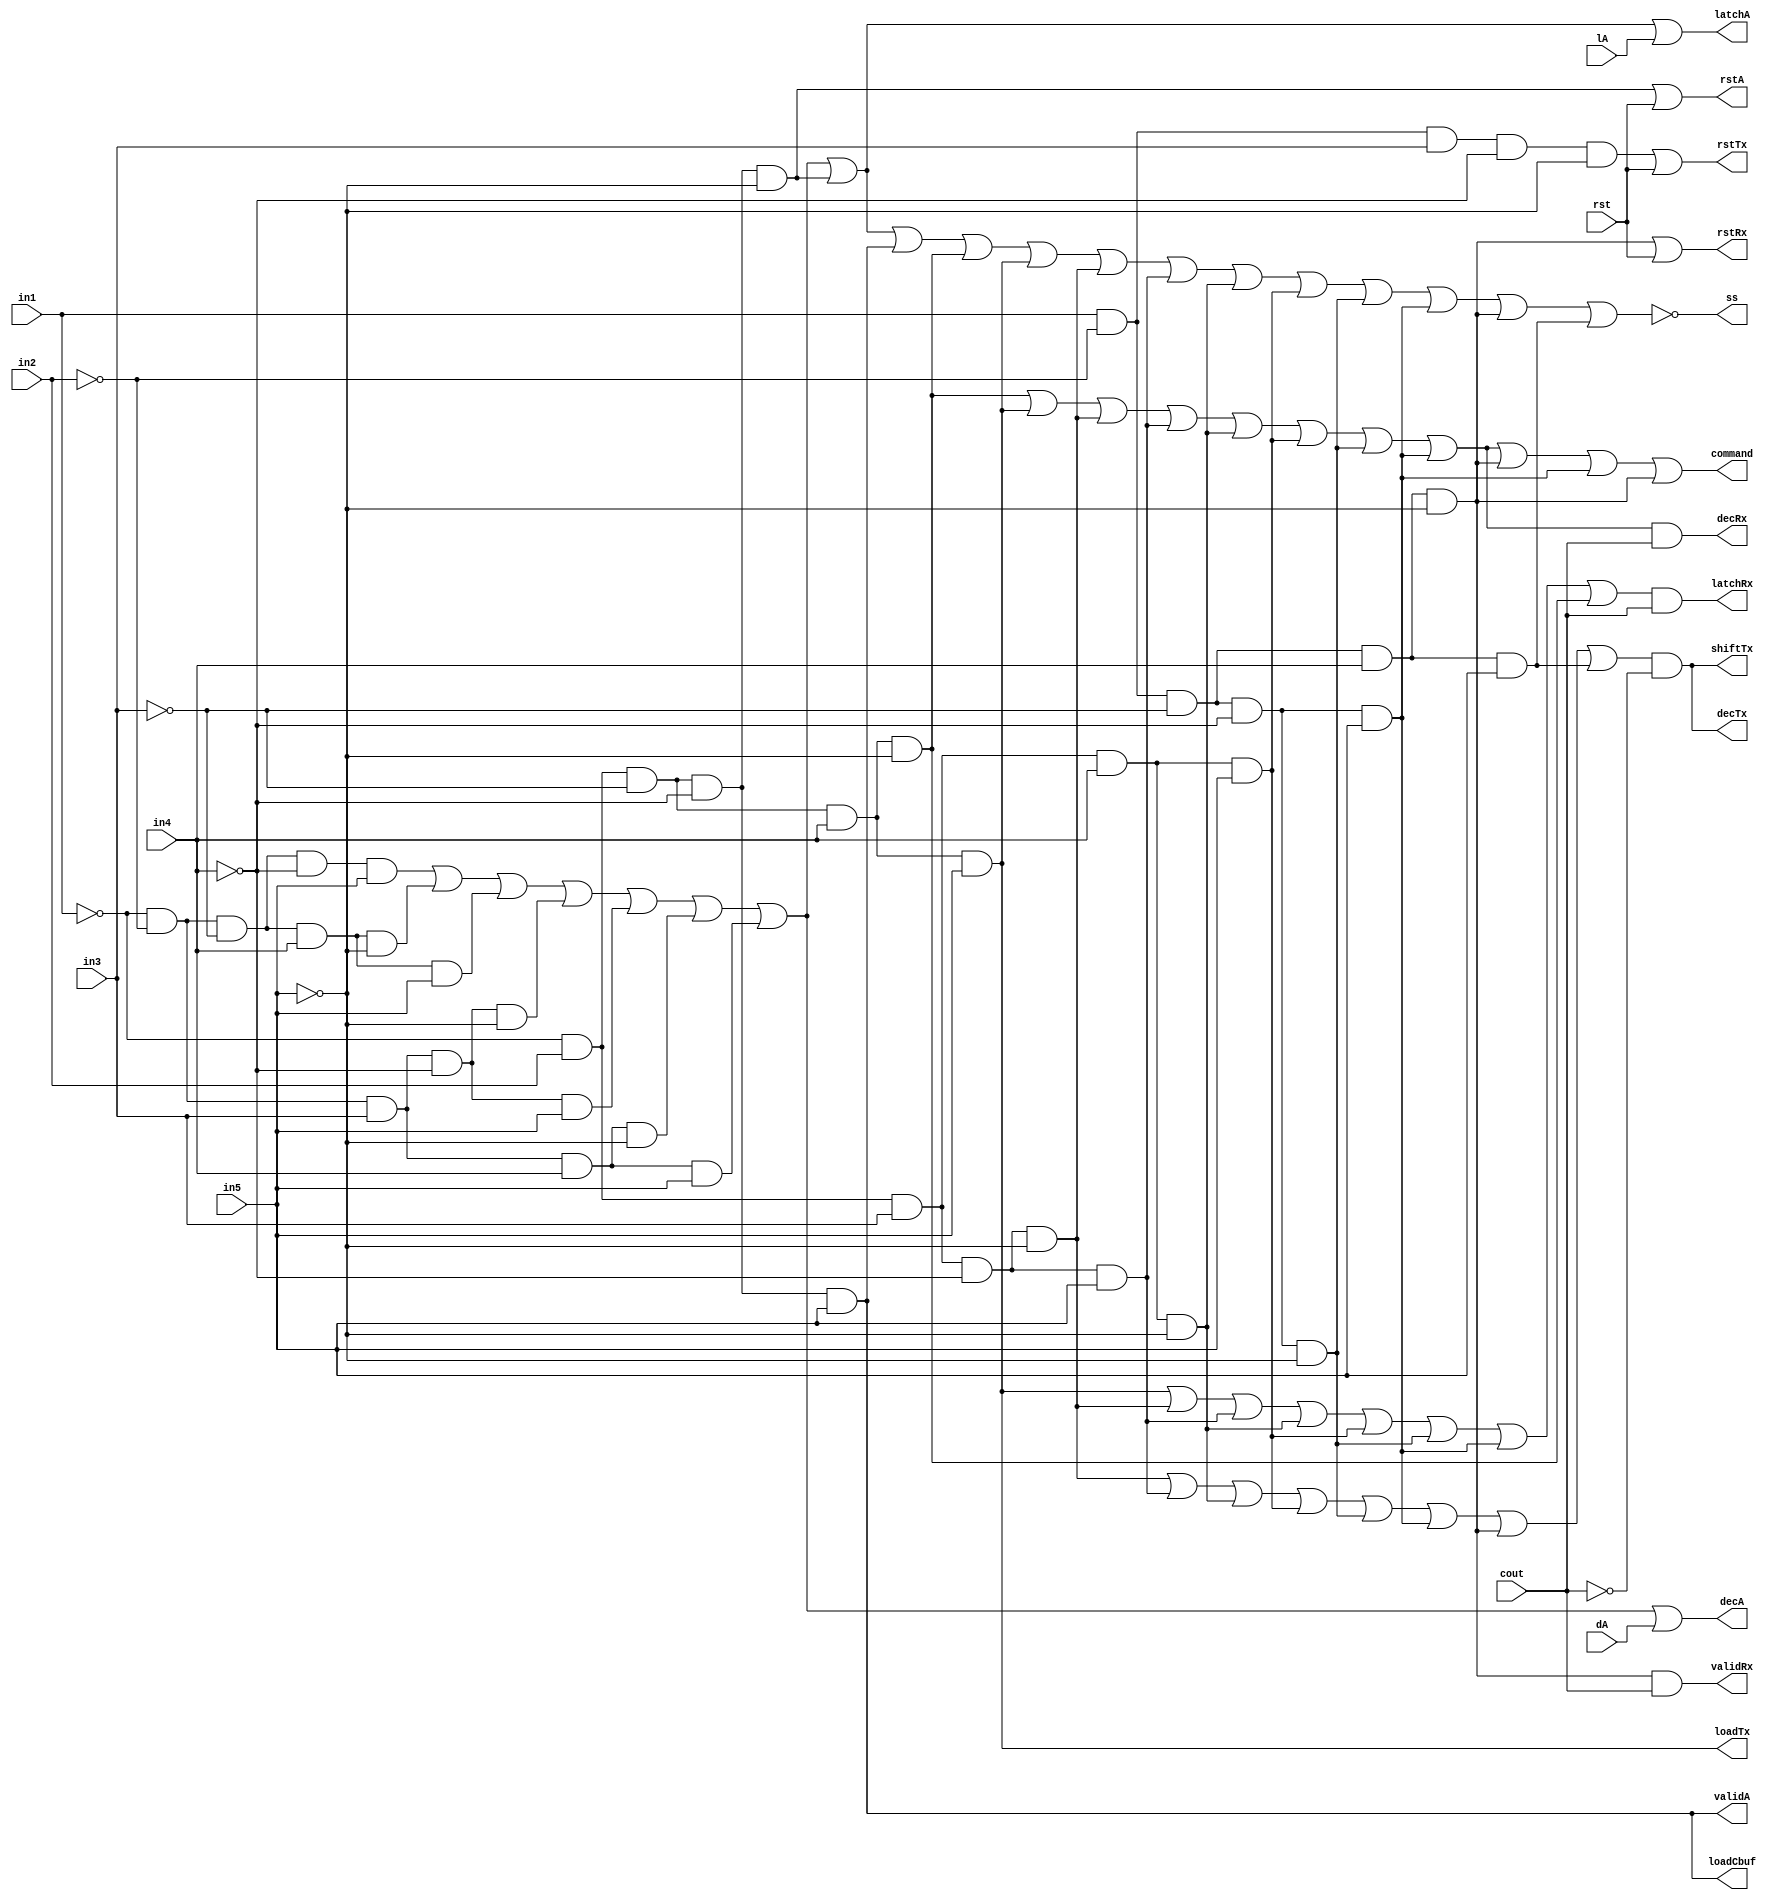

module controller(decA, rstA, latchA, validA, loadCbuf, command, latchRx, validRx , decRx, rstRx, loadTx, decTx, shiftTx, rstTx, ss, in1,in2,in3,in4,in5, rst, lA, dA, cout);

output wire decA, rstA, latchA, validA, loadCbuf, command, latchRx, decRx, rstRx, ss, validRx, loadTx, decTx, shiftTx, rstTx;
input in1,in2,in3,in4,in5, rst, lA, dA, cout;

and A2(ss1,~in1,~in2,~in3,~in4,in5);
and B2(ss2,~in1,~in2,~in3,in4,~in5);
and C2(ss3,~in1,~in2,~in3,in4,in5);
and D2(ss4,~in1,~in2,in3,~in4,~in5);

and E2(ss5,~in1,~in2,in3,~in4,in5);
and F2(ss6,~in1,~in2,in3,in4,~in5);
and G2(ss7,~in1,~in2,in3,in4,in5);
and H2(ss8,~in1,in2,~in3,~in4,~in5);

and I2(ss9,~in1,in2,~in3,~in4,in5);
and J2(ss10,~in1,in2,~in3,in4,~in5);
and K2(ss11,~in1,in2,~in3,in4,in5);
and L2(ss12,~in1,in2,in3,~in4,~in5);

and M2(ss13,~in1,in2,in3,~in4,in5);
and N2(ss14,~in1,in2,in3,in4,~in5);
and O2(ss15,~in1,in2,in3,in4,in5);
and P2(ss16,in1,~in2,~in3,~in4,~in5);
and R2(ss17,in1,~in2,~in3,~in4,in5);
and S2(ss18,in1,~in2,~in3,in4,~in5);
and T2(ss19,in1,~in2,~in3,in4,in5);

or Q2(ss20,ss1, ss2, ss3, ss4, ss5, ss6, ss7, ss8, ss9, ss10, ss11, ss12, ss13, ss14, ss15, ss16, ss17, ss18, ss19);
not ss18(ss, ss20);

and A(decA1,~in1,~in2,~in3,~in4,in5);
and B(decA2,~in1,~in2,~in3,in4,~in5);
and C(decA3,~in1,~in2,~in3,in4,in5);
and D(decA4,~in1,~in2,in3,~in4,~in5);
and E(decA5,~in1,~in2,in3,~in4,in5);
and F(decA6,~in1,~in2,in3,in4,~in5);
and G(decA7,~in1,~in2,in3,in4,in5);

or one(decA,decA1,decA2,decA3,decA4,decA5,decA6,decA7, dA);//1 


and two1(rstA1,~in1,in2,~in3,~in4,~in5);//2
or two(rstA, rstA1, rst );//2

and A1(latchA1,~in1,~in2,~in3,~in4,in5);
and B1(latchA2,~in1,~in2,~in3,in4,~in5);
and C1(latchA3,~in1,~in2,~in3,in4,in5);
and D1(latchA4,~in1,~in2,in3,~in4,~in5);
and E1(latchA5,~in1,~in2,in3,~in4,in5);
and F1(latchA6,~in1,~in2,in3,in4,~in5);
and G1(latchA7,~in1,~in2,in3,in4,in5);
and H1(latchA8,~in1,in2,~in3,~in4,~in5);

or three(latchA,latchA1,latchA2,latchA3,latchA4,latchA5,latchA6,latchA7, latchA8, lA);//3

and four(validA,~in1,in2,~in3,~in4,in5);//4

and five(loadCbuf,~in1,in2,~in3,~in4,in5);//5


and six1(command1,~in1,in2,~in3,in4,~in5);
and six2(command2,~in1,in2,~in3,in4,in5);
and six3(command3,~in1,in2,in3,~in4,~in5);
and six4(command4,~in1,in2,in3,~in4,in5);
and six5(command5,~in1,in2,in3,in4,~in5);
and six6(command6,~in1,in2,in3,in4,in5);
and six7(command7,in1,~in2,~in3,~in4,~in5);
and six8(command8,in1,~in2,~in3,~in4,in5);
and six9(command9,in1,~in2,~in3,in4,~in5);
and six10(command10,in1,~in2,~in3,~in4,in5);
and six11(command11,in1,~in2,~in3,in4,~in5);

or six(command,command1,command2,command3,command4,command5,command6,command7, command8, command9, command10, command11);//6


and I(decRx1,~in1,in2,~in3,in4,~in5);
and J(decRx2,~in1,in2,~in3,in4,in5);
and K(decRx3,~in1,in2,in3,~in4,~in5);
and P(decRx4,~in1,in2,in3,~in4,in5);
and Q(decRx5,~in1,in2,in3,in4,~in5);
and R(decRx6,~in1,in2,in3,in4,in5);
and S(decRx7,in1,~in2,~in3,~in4,~in5);
and S4(decRx8,in1,~in2,~in3,~in4,in5);


or eight(decRx9, decRx1, decRx2, decRx3, decRx4, decRx5, decRx6, decRx7, decRx8);//8
and rxcheck(decRx, decRx9, cout);

and I5(latchRx1,~in1,in2,~in3,in4,~in5);
and J5(latchRx2,~in1,in2,~in3,in4,in5);
and K5(latchRx3,~in1,in2,in3,~in4,~in5);
and P5(latchRx4,~in1,in2,in3,~in4,in5);
and Q5(latchRx5,~in1,in2,in3,in4,~in5);
and R5(latchRx6,~in1,in2,in3,in4,in5);
and S5(latchRx7,in1,~in2,~in3,~in4,~in5);
and T5(latchRx8,in1,~in2,~in3,~in4,in5);

or nine(latchRx9, latchRx2, latchRx3, latchRx4, latchRx5, latchRx6, latchRx7, latchRx8,latchRx1 );//9
and latchRxCheck(latchRx,latchRx9, cout );

and validRx1(validRxTemp, in1,~in2,~in3,in4,~in5);
and validRx2(validRx, validRxTemp, cout );

and ten(rstRx1,in1,~in2,~in3,in4,~in5);
or ten1(rstRx, rstRx1, rst);//10



//TX
and loadTxcommand(loadTx,~in1,in2,~in3,in4,in5);

and II(decTx1,~in1,in2,in3,~in4,~in5);
and JJ(decTx2,~in1,in2,in3,~in4,in5);
and KK(decTx3,~in1,in2,in3,in4,~in5);
and PP(decTx4,~in1,in2,in3,in4,in5);
and QQ(decTx5,in1,~in2,~in3,~in4,~in5);
and RR(decTx6,in1,~in2,~in3,~in4,in5);
and SS(decTx7,in1,~in2,~in3,in4,~in5);
and TT(decTx8,in1,~in2,~in3,in4,in5);

or eight1(decTx9, decTx1, decTx2, decTx3, decTx4, decTx5, decTx6, decTx7, decTx8);//8
and DeCcheck1(decTx, decTx9, ~cout);

and I65(shiftTx1,~in1,in2,in3,~in4,~in5);
and J65(shiftTx2,~in1,in2,in3,~in4,in5);
and K65(shiftTx3,~in1,in2,in3,in4,~in5);
and P65(shiftTx4,~in1,in2,in3,in4,in5);
and Q65(shiftTx5,in1,~in2,~in3,~in4,~in5);
and R65(shiftTx6,in1,~in2,~in3,~in4,in5);
and S65(shiftTx7,in1,~in2,~in3,in4,~in5);
and T65(shiftTx8,in1,~in2,~in3,in4,in5);

or eight2(shiftTx9, shiftTx1, shiftTx2, shiftTx3, shiftTx4, shiftTx5, shiftTx6, shiftTx7, shiftTx8);//8
and shiftcheck1(shiftTx, shiftTx9, ~cout);

and KK3(rstTx1, in1,~in2,in3,~in4,~in5);
or ten12(rstTx, rstTx1, rst);
endmodule